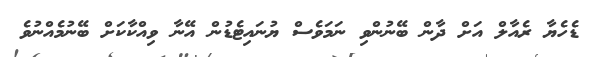
ޑެހެޔާ ރެއާލް އަށް ދާން ބޭނުންވި ނަމަވެސް ޔުނައިޓެޑުން އޭނާ ވިއްކާކަށް ބޭނުމެއްނުވެ